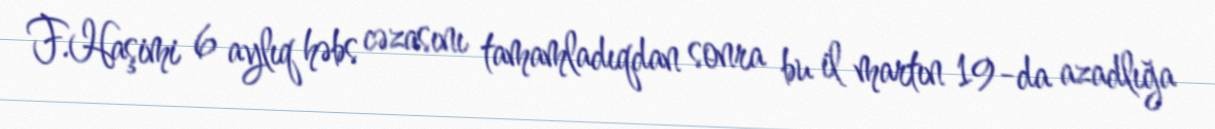
F.Haşimi 6 aylıq həbs cəzasını tamamladıqdan sonra bu il martın 19-da azadlığa